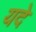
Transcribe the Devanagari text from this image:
यदे